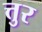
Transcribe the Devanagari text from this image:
त्तुर